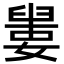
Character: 𡡋